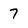
Character: 7